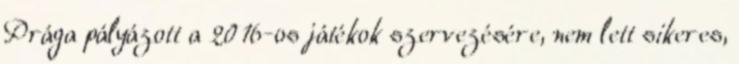
Prága pályázott a 2016-os játékok szervezésére, nem lett sikeres,